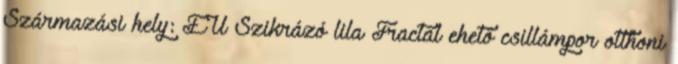
Származási hely: EU Szikrázó lila Fractal ehető csillámpor otthoni